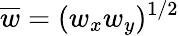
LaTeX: \overline{{w}}=(w_{x}w_{y})^{1/2}